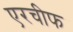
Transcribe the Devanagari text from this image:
एरचीफ